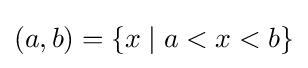
(a,b)=\{x\mid a<x<b\}